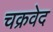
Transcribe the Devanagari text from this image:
चक्रवेद